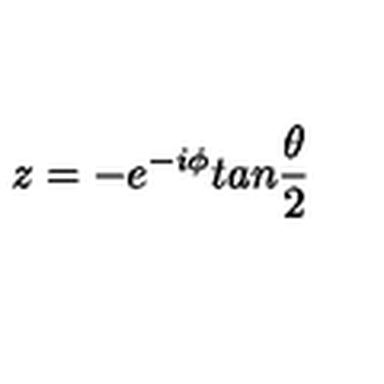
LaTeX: z = - e ^ { - i \phi } t a n \frac { \theta } { 2 }